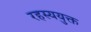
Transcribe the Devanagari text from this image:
रहस्‍ययुक्त